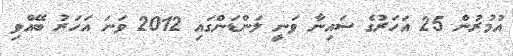
އުމުރުން 25 އަހަރުގެ ސައިނާ ވަނީ ލަންޑަންގައި 2012 ވަަނަ އަހަރު ބޭއްވި